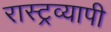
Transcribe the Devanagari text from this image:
रास्ट्रव्यापी